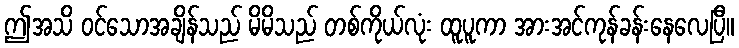
ဤအသိ ဝင်သောအချိန်သည် မိမိသည် တစ်ကိုယ်လုံး ထူပူကာ အားအင်ကုန်ခန်းနေလေပြီ။